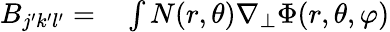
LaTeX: \begin{array}{rl}{B_{j^{\prime}k^{\prime}l^{\prime}}=}&{{}\int N(r,\theta)\nabla_{\perp}\Phi(r,\theta,\varphi)}\end{array}